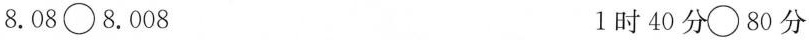
8.08\circ 8.008 1时40分\circ 80分